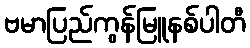
ဗမာပြည်ကွန်မြူနစ်ပါတီ